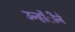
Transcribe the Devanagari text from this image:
उन्होंीने